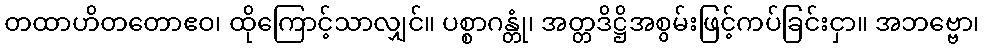
တထာဟိတတောဧဝ၊ ထိုကြောင့်သာလျှင်။ ပစ္စာဂန္တုံ၊ အတ္တဒိဋ္ဌိအစွမ်းဖြင့်ကပ်ခြင်းငှာ။ အဘဗ္ဗော၊